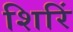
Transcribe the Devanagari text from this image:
शिरिं